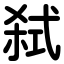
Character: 弑